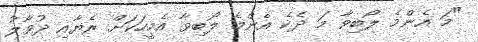
"މަ އެންމެ ލޯބިވާ މަ ދެކެ އެންމެ ލޯބިވާ އެމީހަކަށް ރެޔާއި ދުވާލު